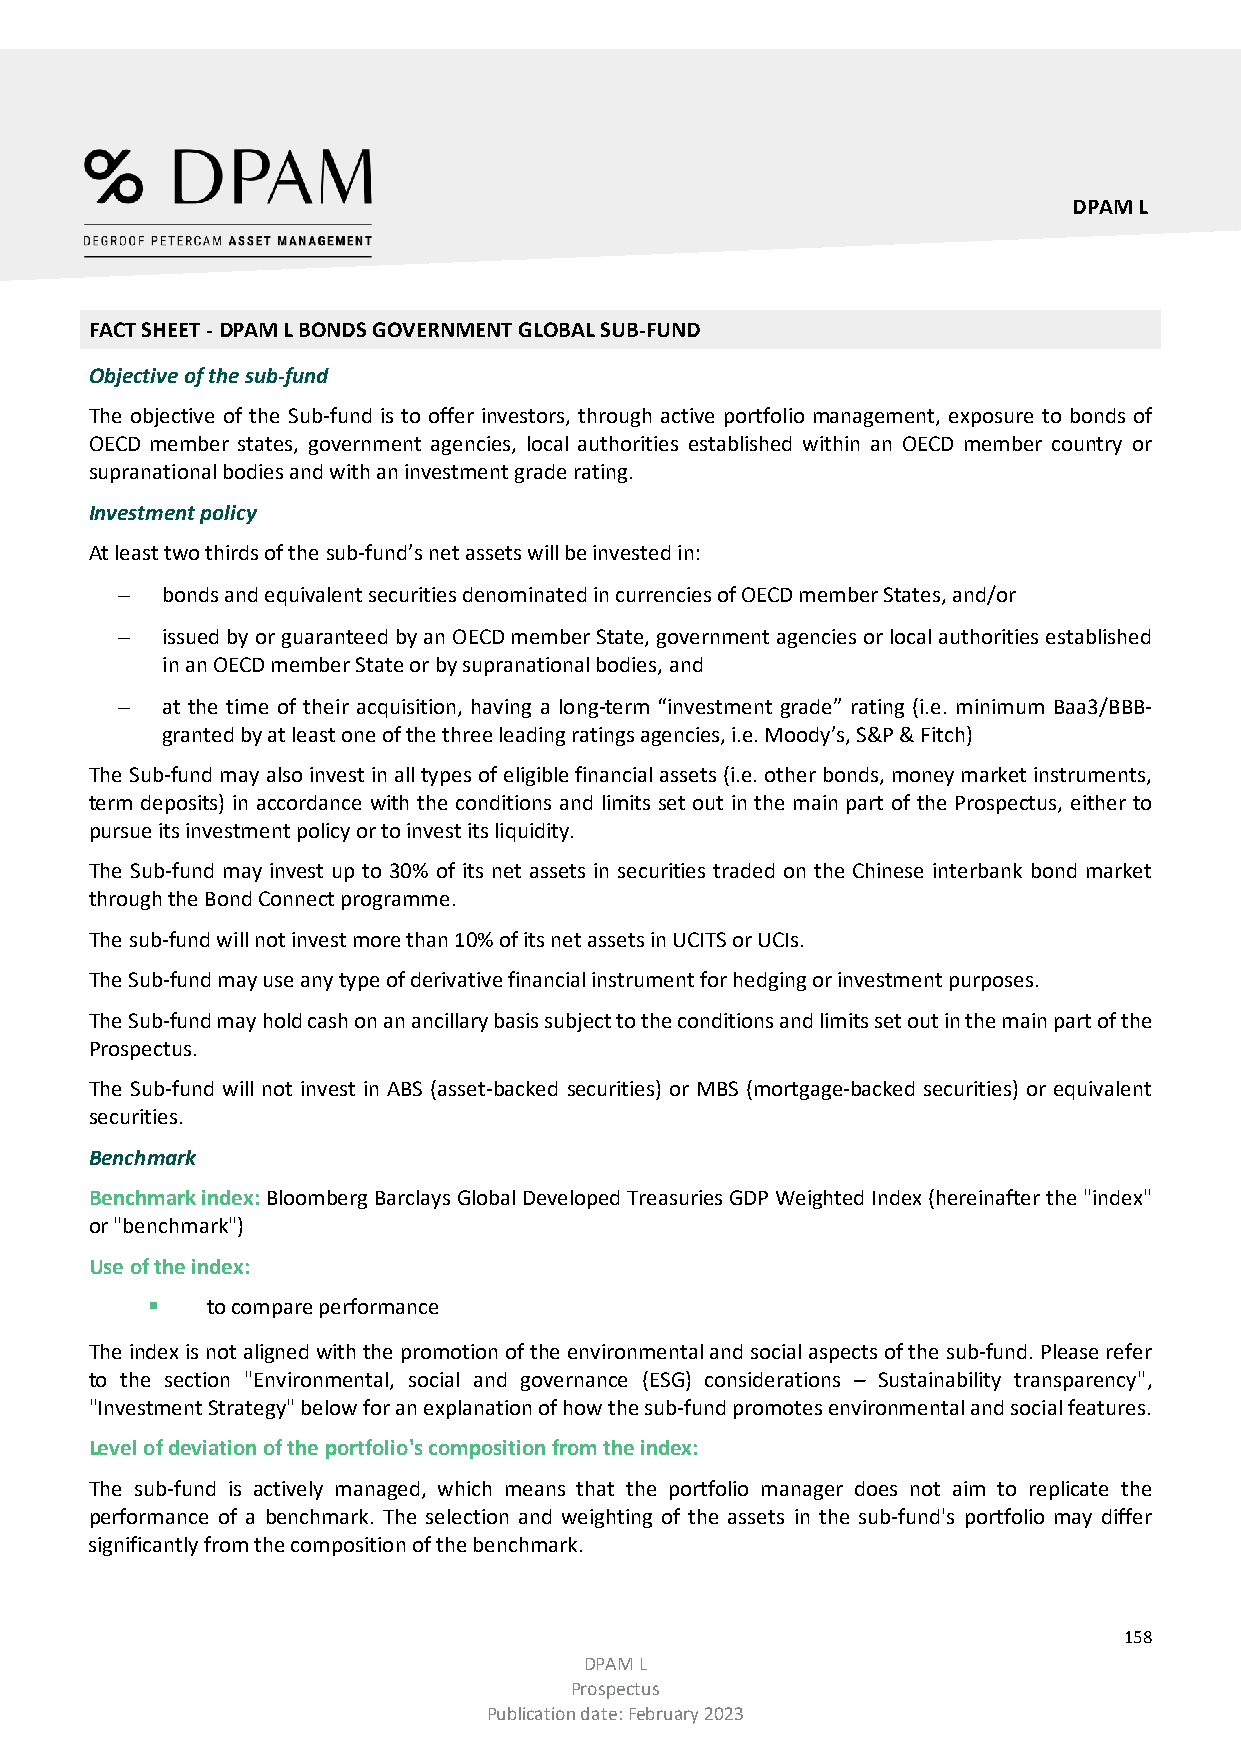
DPAM L
 FACT SHEET - DPAM L BONDS GOVERNMENT GLOBAL SUB-FUND
 Objective of the sub-fund
 The objective of the Sub-fund is to offer investors, through active portfolio management, exposure to bonds of
 OECD member states, government agencies, local authorities established within an OECD member country or
 supranational bodies and with an investment grade rating.
 Investment policy
 At least two thirds of the sub-fund’s net assets will be invested in:
 −  bonds and equivalent securities denominated in currencies of OECD member States, and/or
 −  issued by or guaranteed by an OECD member State, government agencies or local authorities established
 in an OECD member State or by supranational bodies, and
 −  at the time of their acquisition, having a long-term “investment grade” rating (i.e. minimum Baa3/BBB-
 granted by at least one of the three leading ratings agencies, i.e. Moody’s, S&P & Fitch)
 The Sub-fund may also invest in all types of eligible financial assets (i.e. other bonds, money market instruments,
 term deposits) in accordance with the conditions and limits set out in the main part of the Prospectus, either to
 pursue its investment policy or to invest its liquidity.
 The Sub-fund may invest up to 30% of its net assets in securities traded on the Chinese interbank bond market
 through the Bond Connect programme.
 The sub-fund will not invest more than 10% of its net assets in UCITS or UCIs.
 The Sub-fund may use any type of derivative financial instrument for hedging or investment purposes.
 The Sub-fund may hold cash on an ancillary basis subject to the conditions and limits set out in the main part of the
 Prospectus.
 The Sub-fund will not invest in ABS (asset-backed securities) or MBS (mortgage-backed securities) or equivalent
 securities.
 Benchmark
 Benchmark index: Bloomberg Barclays Global Developed Treasuries GDP Weighted Index (hereinafter the "index"
 or "benchmark")
 Use of the index:
    to compare performance
 The index is not aligned with the promotion of the environmental and social aspects of the sub-fund. Please refer
 to the section "Environmental, social and governance (ESG) considerations – Sustainability transparency",
 "Investment Strategy" below for an explanation of how the sub-fund promotes environmental and social features.
 Level of deviation of the portfolio's composition from the index:
 The sub-fund is actively managed, which means that the portfolio manager does not aim to replicate the
 performance of a benchmark. The selection and weighting of the assets in the sub-fund's portfolio may differ
 significantly from the composition of the benchmark.
 158
 DPAM L
 Prospectus
 Publication date: February 2023